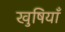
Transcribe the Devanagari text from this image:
खुषियाँ